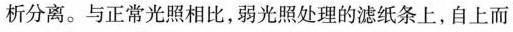
析分离。与正常光照相比，弱光照处理的滤纸条上，自上而